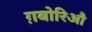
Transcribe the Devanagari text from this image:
ग़बोरिऔ